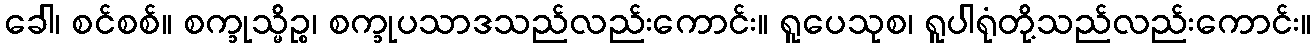
ခေါ၊ စင်စစ်။ စက္ခုသ္မိဉ္စ၊ စက္ခုပသာဒသည်လည်းကောင်း။ ရူပေသုစ၊ ရူပါရုံတို့သည်လည်းကောင်း။